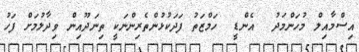
އިސްމާއިލް މުހަންމަދު  އެންޑީ  ހަމްޒަތު ފަދަކުޅުންތެރިންނަކީ ތިނަދޫއިން ވިދާލުމަށް ފަހު